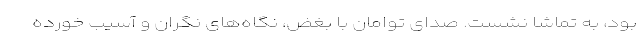
بود، به تماشا نشست. صدای توامان با بغض، نگاه‌های نگران و آسیب خورده